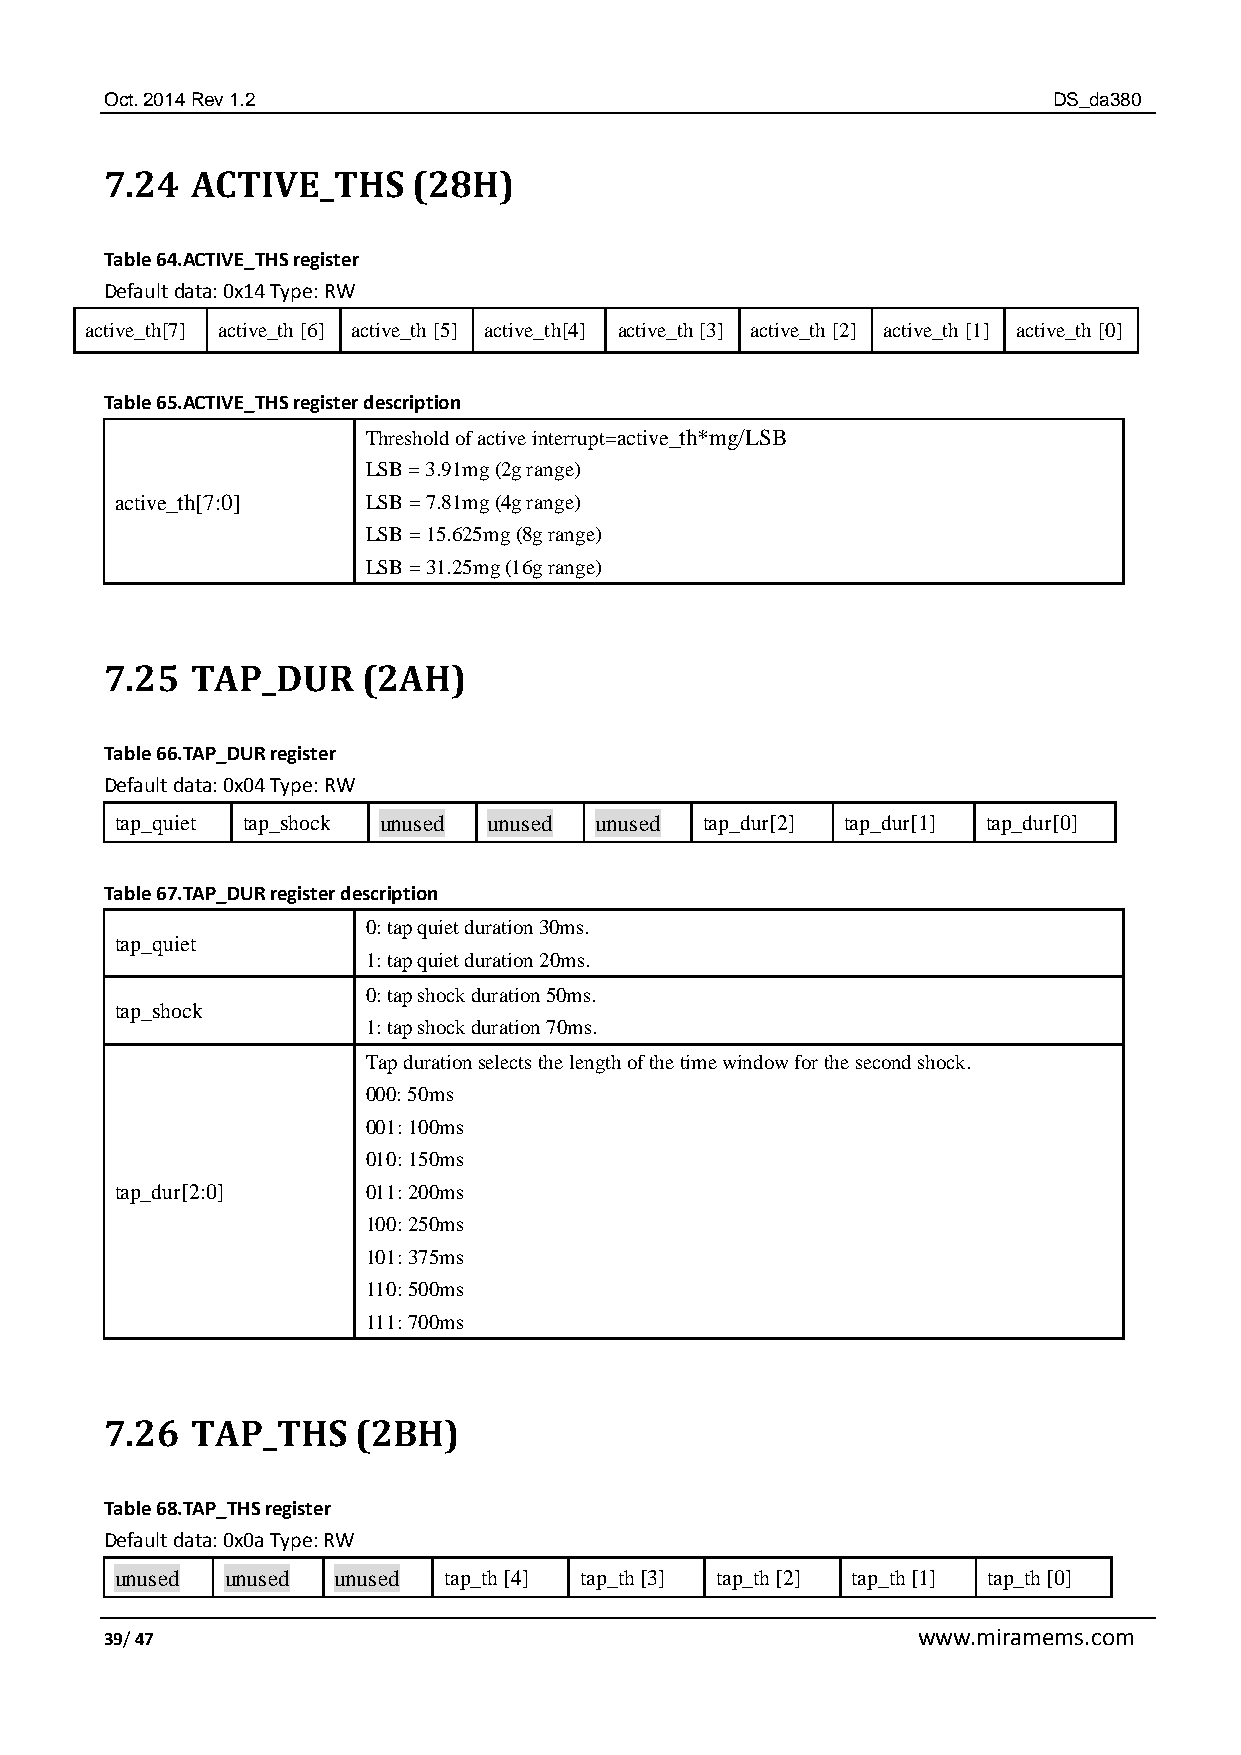
Oct. 2014 Rev 1.2                                              DS_da380
 7.24  ACTIVE_THS    (28H)
 Table 64.ACTIVE_THS register
 Default data: 0x14 Type: RW
 active_th[7] active_th [6] active_th [5] active_th[4] active_th [3] active_th [2] active_th [1] active_th [0]
 Table 65.ACTIVE_THS register description
 Threshold of active interrupt=active_th*mg/LSB
 LSB = 3.91mg (2g range)
 active_th[7:0]  LSB = 7.81mg (4g range)
 LSB = 15.625mg (8g range)
 LSB = 31.25mg (16g range)
 7.25  TAP_DUR    (2AH)
 Table 66.TAP_DUR register
 Default data: 0x04 Type: RW
 tap_quiet tap_shock unused unused unused tap_dur[2] tap_dur[1] tap_dur[0]
 Table 67.TAP_DUR register description
 0: tap quiet duration 30ms.
 tap_quiet
 1: tap quiet duration 20ms.
 0: tap shock duration 50ms.
 tap_shock
 1: tap shock duration 70ms.
 Tap duration selects the length of the time window for the second shock.
 000: 50ms
 001: 100ms
 010: 150ms
 tap_dur[2:0]    011: 200ms
 100: 250ms
 101: 375ms
 110: 500ms
 111: 700ms
 7.26  TAP_THS    (2BH)
 Table 68.TAP_THS register
 Default data: 0x0a Type: RW
 unused unused unused tap_th [4] tap_th [3] tap_th [2] tap_th [1] tap_th [0]
 39/ 47                                                www.miramems.com